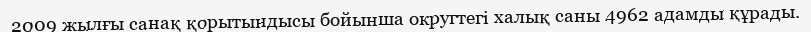
2009 жылғы санақ қорытындысы бойынша округтегі халық саны 4962 адамды құрады.